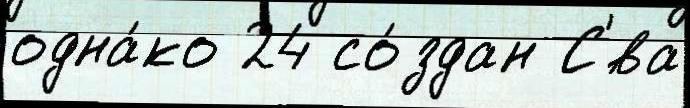
одна́ко 24 со́здан С'́ва